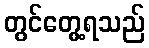
တွင်တွေ့ရသည်